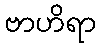
ဗာဟိရာ